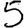
Digit: 5